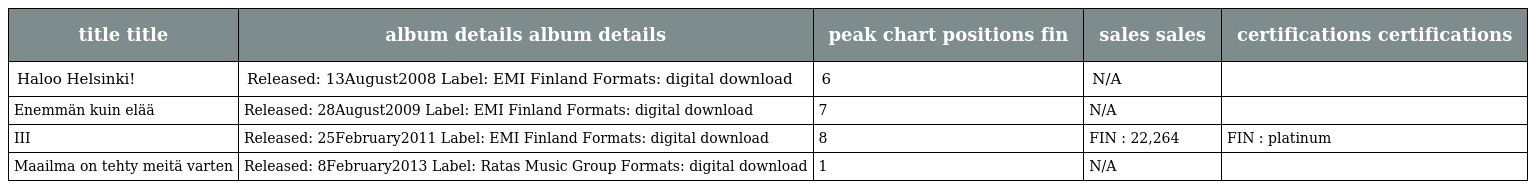
| title title | album details album details | peak chart positions fin | sales sales | certifications certifications |
 | --- | --- | --- | --- | --- |
 | Haloo Helsinki! | Released: 13August2008 Label: EMI Finland Formats: digital download | 6 | N/A |  |
 | Enemmän kuin elää | Released: 28August2009 Label: EMI Finland Formats: digital download | 7 | N/A |  |
 | III | Released: 25February2011 Label: EMI Finland Formats: digital download | 8 | FIN : 22,264 | FIN : platinum |
 | Maailma on tehty meitä varten | Released: 8February2013 Label: Ratas Music Group Formats: digital download | 1 | N/A |  |